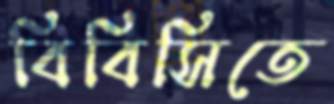
বিবিসিতে